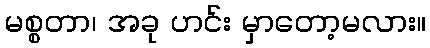
မစ္စတာ၊ အခု ဟင်း မှာတော့မလား။